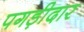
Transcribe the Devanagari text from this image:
पगड़ीदार